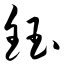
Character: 钰